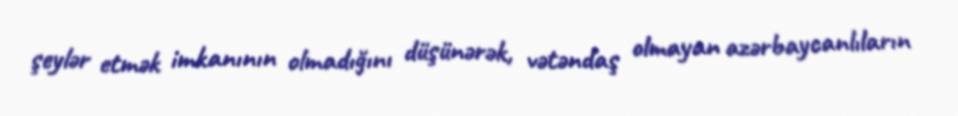
şeylər etmək imkanının olmadığını düşünərək, vətəndaş olmayan azərbaycanlıların